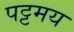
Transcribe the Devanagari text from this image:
पट्टमय